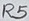
Text: R5